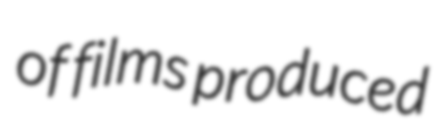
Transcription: of films produced